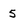
Character: 5